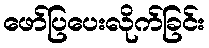
ဖော်ပြပေးလိုက်ခြင်း